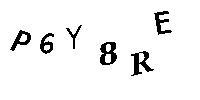
P6Y8RE